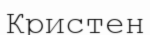
Кристен